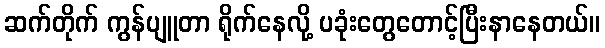
ဆက်တိုက် ကွန်ပျူတာ ရိုက်နေလို့ ပခုံးတွေတောင့်ပြီးနာနေတယ်။